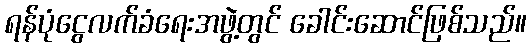
ရန်ပုံငွေလက်ခံရေးအဖွဲ့တွင် ခေါင်းဆောင်ဖြစ်သည်။